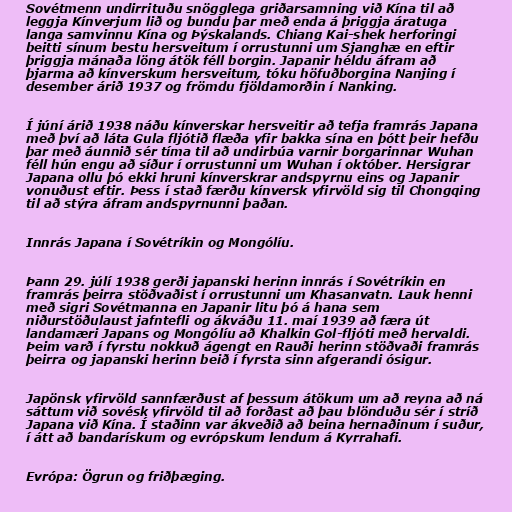
Sovétmenn undirrituðu snögglega griðarsamning við Kína til að
leggja Kínverjum lið og bundu þar með enda á þriggja áratuga
langa samvinnu Kína og Þýskalands. Chiang Kai-shek herforingi
beitti sínum bestu hersveitum í orrustunni um Sjanghæ en eftir
þriggja mánaða löng átök féll borgin. Japanir héldu áfram að
þjarma að kínverskum hersveitum, tóku höfuðborgina Nanjing í
desember árið 1937 og frömdu fjöldamorðin í Nanking.

Í júní árið 1938 náðu kínverskar hersveitir að tefja framrás Japana
með því að láta Gula fljótið flæða yfir bakka sína en þótt þeir hefðu
þar með áunnið sér tíma til að undirbúa varnir borgarinnar Wuhan
féll hún engu að síður í orrustunni um Wuhan í október. Hersigrar
Japana ollu þó ekki hruni kínverskrar andspyrnu eins og Japanir
vonuðust eftir. Þess í stað færðu kínversk yfirvöld sig til Chongqing
til að stýra áfram andspyrnunni þaðan.

Innrás Japana í Sovétríkin og Mongólíu.

Þann 29. júlí 1938 gerði japanski herinn innrás í Sovétríkin en
framrás þeirra stöðvaðist í orrustunni um Khasanvatn. Lauk henni
með sigri Sovétmanna en Japanir litu þó á hana sem
niðurstöðulaust jafntefli og ákváðu 11. maí 1939 að færa út
landamæri Japans og Mongólíu að Khalkin Gol-fljóti með hervaldi.
Þeim varð í fyrstu nokkuð ágengt en Rauði herinn stöðvaði framrás
þeirra og japanski herinn beið í fyrsta sinn afgerandi ósigur.

Japönsk yfirvöld sannfærðust af þessum átökum um að reyna að ná
sáttum við sovésk yfirvöld til að forðast að þau blönduðu sér í stríð
Japana við Kína. Í staðinn var ákveðið að beina hernaðinum í suður,
í átt að bandarískum og evrópskum lendum á Kyrrahafi.

Evrópa: Ögrun og friðþæging.